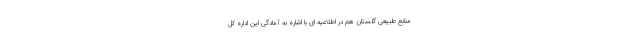
منابع طبیعی گلستان هم در اطلاعیه ای با اشاره به آمادگی این اداره کل